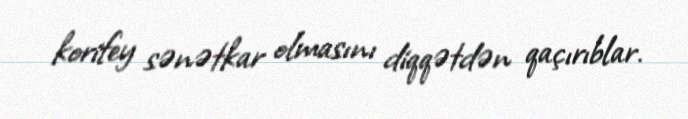
korifey sənətkar olmasını diqqətdən qaçırıblar.